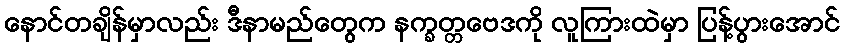
နောင်တချိန်မှာလည်း ဒီနာမည်တွေက နက္ခတ္တဗေဒကို လူကြားထဲမှာ ပြန့်ပွားအောင်